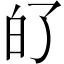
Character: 𤽀